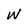
Character: w